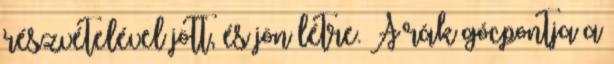
részvételével jött, és jön létre. A rák gócpontja a